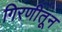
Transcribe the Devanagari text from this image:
गिरणीतून